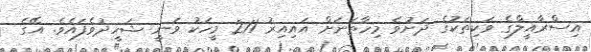
އިސްރާއީލްގެ ވަކިތަކުގެ ދަށުވެ މިހާތަނަށް އައިއިރު 211 މީހަކު ވަނީ ޝަހީދުވެފައެވެ. އޭގެ